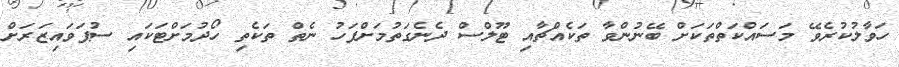
ހަވާލުކުރެވޭ މަސައްކަތްތަކަށް ބޭނުންވާ ތަކެއްޗާއި ޓޫލްސް ދެނެގަތުމަށްފަހު ނެތް ތަކެތި ހޯދުމަށްޓަކައި ސުޕަވައިޒަރަށް